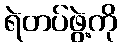
ရဲတပ်ဖွဲ့ကို